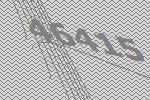
46415